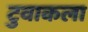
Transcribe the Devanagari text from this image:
टुवाकला